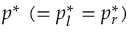
p ^ { * } ~ ( = p _ { l } ^ { * } = p _ { r } ^ { * } )